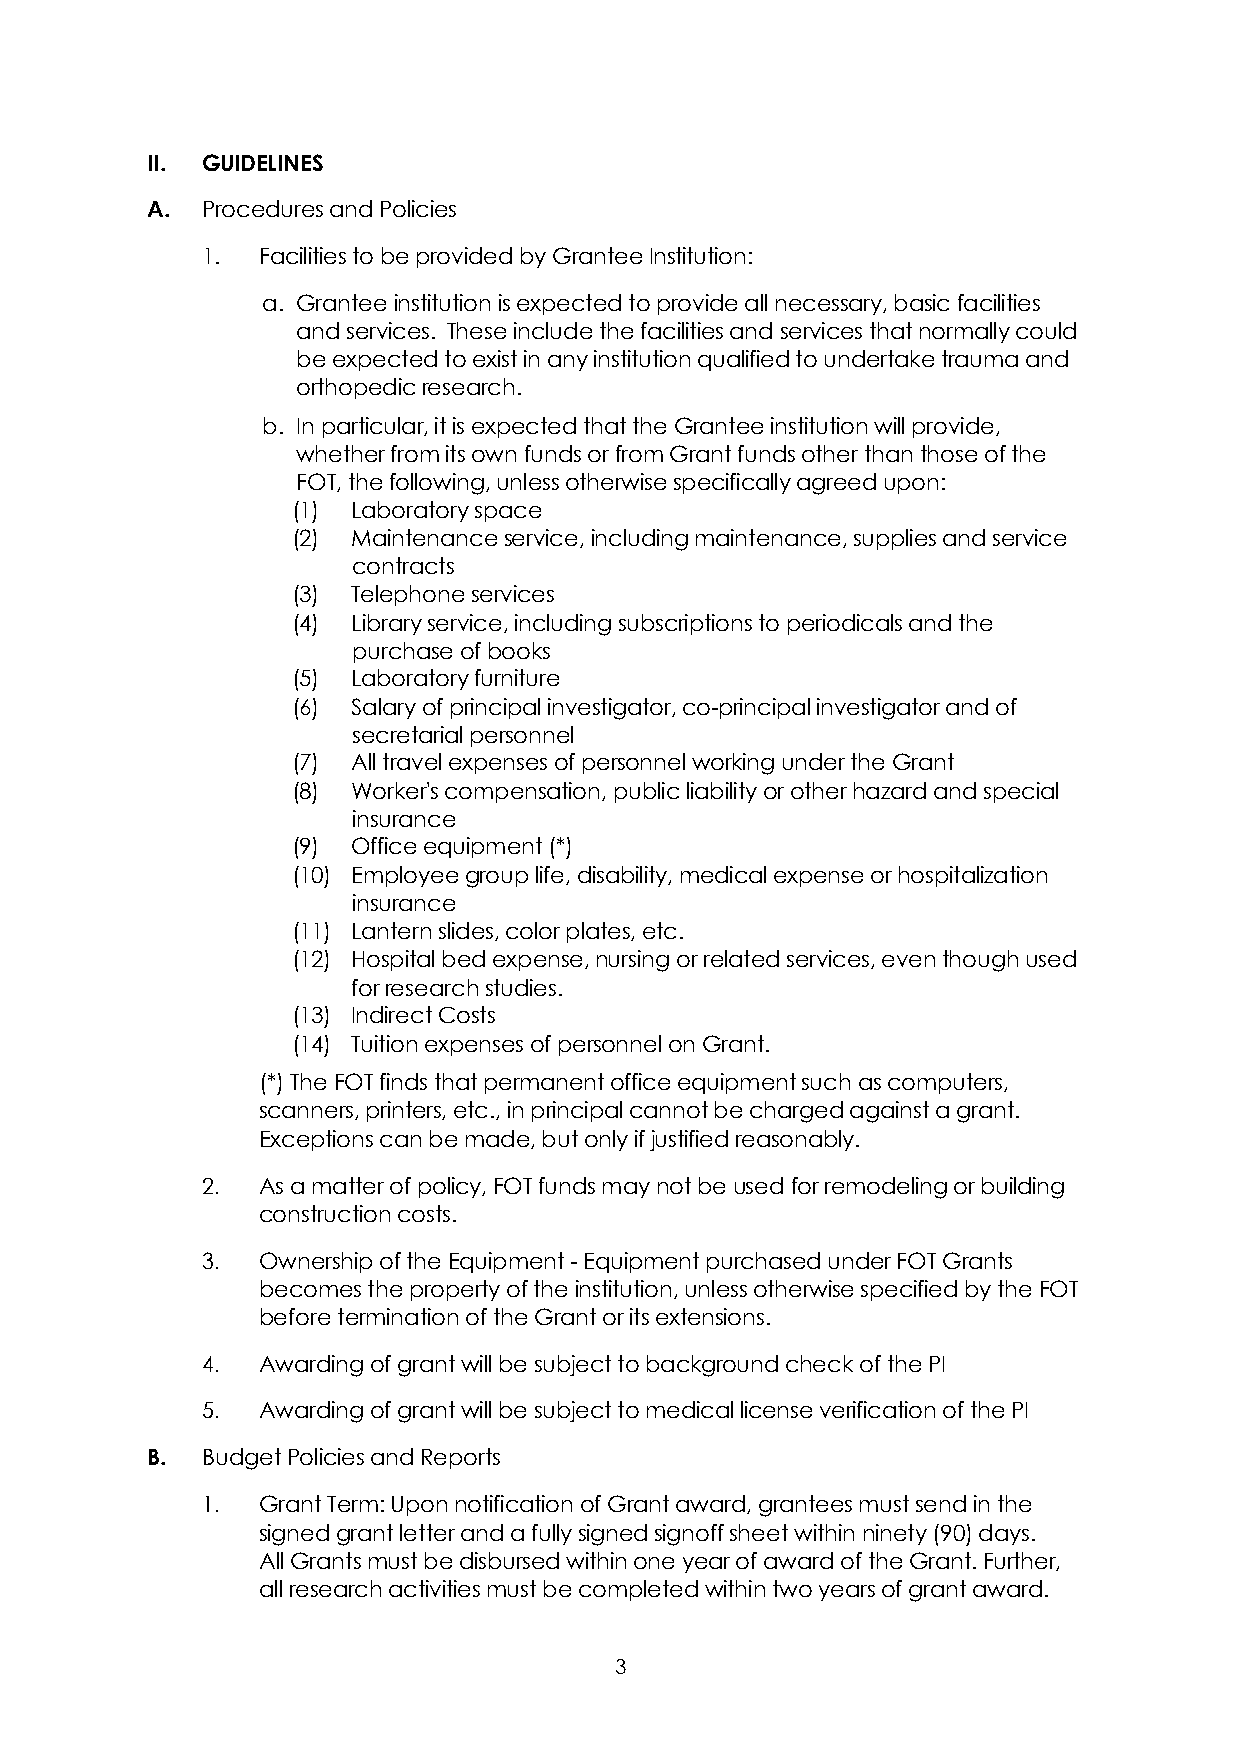
II. GUIDELINES
 A. Procedures and Policies
 1.  Facilities to be provided by Grantee Institution:
 a. Grantee institution is expected to provide all necessary, basic facilities
 and services. These include the facilities and services that normally could
 be expected to exist in any institution qualified to undertake trauma and
 orthopedic research.
 b. In particular, it is expected that the Grantee institution will provide,
 whether from its own funds or from Grant funds other than those of the
 FOT, the following, unless otherwise specifically agreed upon:
 (1) Laboratory space
 (2) Maintenance service, including maintenance, supplies and service
 contracts
 (3) Telephone services
 (4) Library service, including subscriptions to periodicals and the
 purchase of books
 (5) Laboratory furniture
 (6) Salary of principal investigator, co-principal investigator and of
 secretarial personnel
 (7) All travel expenses of personnel working under the Grant
 (8) Worker's compensation, public liability or other hazard and special
 insurance
 (9) Office equipment (*)
 (10) Employee group life, disability, medical expense or hospitalization
 insurance
 (11) Lantern slides, color plates, etc.
 (12) Hospital bed expense, nursing or related services, even though used
 for research studies.
 (13) Indirect Costs
 (14) Tuition expenses of personnel on Grant.
 (*) The FOT finds that permanent office equipment such as computers,
 scanners, printers, etc., in principal cannot be charged against a grant.
 Exceptions can be made, but only if justified reasonably.
 2.  As a matter of policy, FOT funds may not be used for remodeling or building
 construction costs.
 3.  Ownership of the Equipment - Equipment purchased under FOT Grants
 becomes the property of the institution, unless otherwise specified by the FOT
 before termination of the Grant or its extensions.
 4.  Awarding of grant will be subject to background check of the PI
 5.  Awarding of grant will be subject to medical license verification of the PI
 B. Budget Policies and Reports
 1.  Grant Term: Upon notification of Grant award, grantees must send in the
 signed grant letter and a fully signed signoff sheet within ninety (90) days.
 All Grants must be disbursed within one year of award of the Grant. Further,
 all research activities must be completed within two years of grant award.
 3